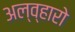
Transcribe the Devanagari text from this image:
अल्व्हारो